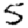
Digit: 5